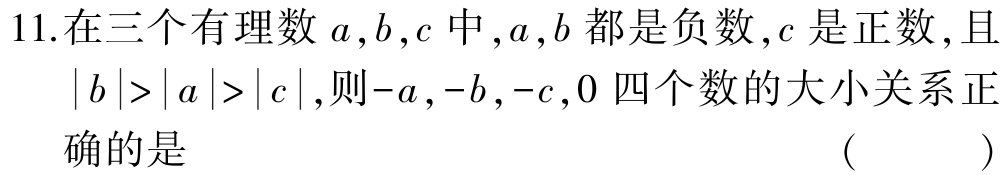
11.在三个有理数\(a,b,c\)中，\(a,b\)都是负数，\(c\)是正数，且\(\vert b\vert>\vert a\vert>\vert c\vert\)，则\(-a,-b,-c,0\)四个数的大小关系正确的是 （  ）